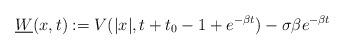
LaTeX: \begin{align*}\underline W(x,t):=V(|x|, t+t_0-1+e^{-\beta t})-\sigma \beta e^{-\beta t}\end{align*}